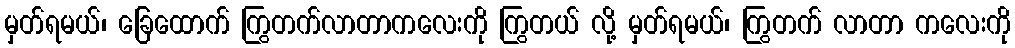
မှတ်ရမယ်၊ ခြေထောက် ကြွတက်လာတာကလေးကို ကြွတယ် လို့ မှတ်ရမယ်၊ ကြွတက် လာတာ ကလေးကို